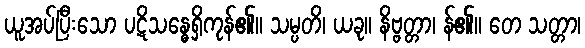
ယူအပ်ပြီးသော ပဋိသန္ဓေရှိကုန်၏။ သမ္ပတိ၊ ယခု။ နိဗ္ဗတ္တာ၊ န်၏။ တေ သတ္တာ၊